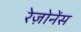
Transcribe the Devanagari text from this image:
रेज़ोनेंस